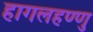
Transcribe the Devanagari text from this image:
हागलहण्णु